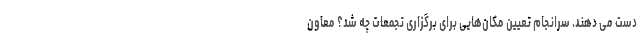
دست می دهند. سرانجام تعیین مکان‌هایی برای برگزاری تجمعات چه شد؟ معاون